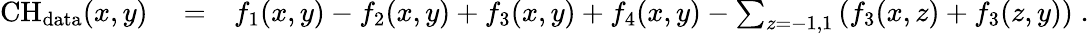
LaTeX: \begin{array}{rlr}{\mathrm{CH}_{\mathrm{data}}(x,y)}&{{}=}&{f_{1}(x,y)-f_{2}(x,y)+f_{3}(x,y)+f_{4}(x,y)-\sum_{z=-1,1}\left(f_{3}(x,z)+f_{3}(z,y)\right)\; .}\end{array}